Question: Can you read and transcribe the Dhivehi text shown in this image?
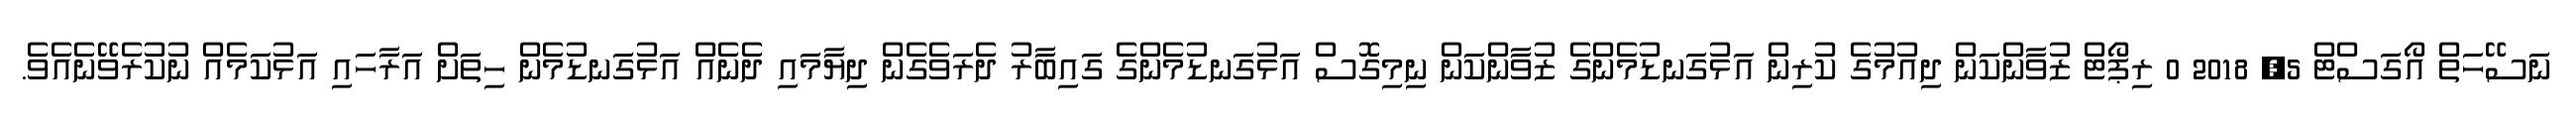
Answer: ނަސޭހަތް އޯގަސްޓް 5, 2018 0 ރިޕޯޓް ޒުވާންކަން ދިއުމުގެ ކުރިން އަޅުގަނޑުމެންގެ ޒުވާންކަން ނިމިގޮސް އަޅުގަނޑުމެންގެ ގައިބާރު ދެރަވެގެން ދިޔާމައި ދެނެއް އަޅުގަނޑުމެން ހިތަށް އަރާހައި އަޅުކަމެއް ނުކުރެވޭނެއެވެ.